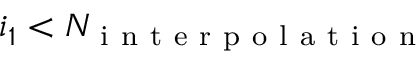
i _ { 1 } < N _ { \mathrm { ~ i ~ n ~ t ~ e ~ r ~ p ~ o ~ l ~ a ~ t ~ i ~ o ~ n ~ } }